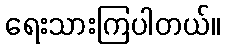
ရေးသားကြပါတယ်။